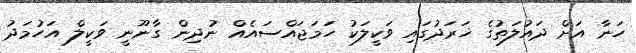
ހަނާ އަށް ދައުލަތުގެ ޚަރަދުގައި ވަކީލަކު ހަމަޖައްސައެއް ނުދިން ގާނޫނީ ވަކީލް އަހުމަދު